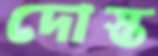
দোস্ত